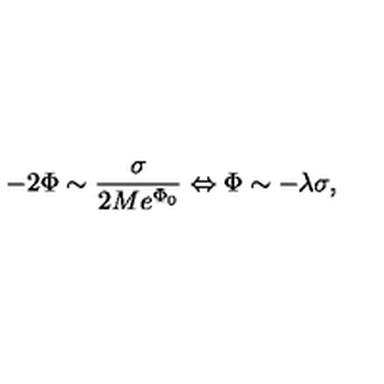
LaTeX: - 2 \Phi \sim \frac { \sigma } { 2 M e ^ { \Phi _ { 0 } } } \Leftrightarrow \Phi \sim - \lambda \sigma ,